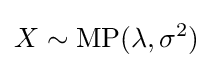
X\sim \mathrm {MP} (\lambda ,\sigma ^{2})